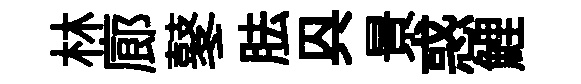
林廊鼕胠㒷景惑鯉